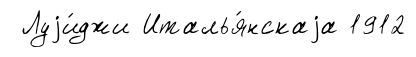
Луjи́джи Италья́нскаjа 1912